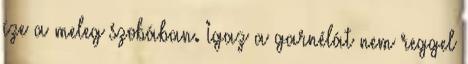
íze a meleg szobában. Igaz a garnélát nem reggel